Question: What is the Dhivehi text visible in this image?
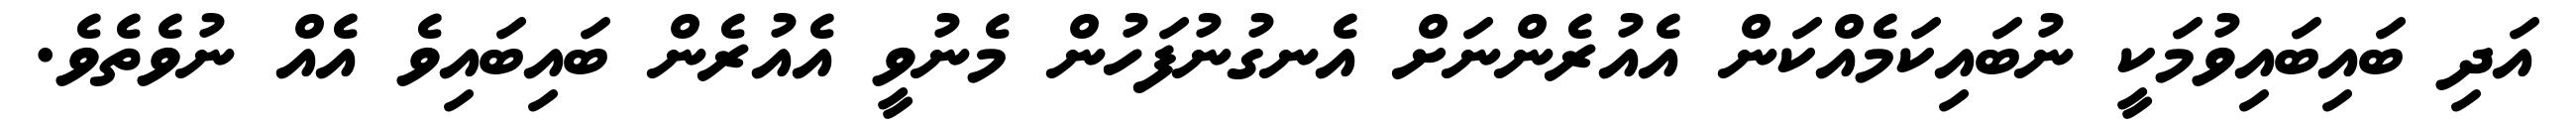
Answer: އަދި ބައިބައިވުމަކީ ނުބައިކަމެއްކަން އެއުރެންނަށް އެނގުނުފަހުން މެނުވީ އެއުރެން ބައިބައިވެ އެއް ނުވެތެވެ.